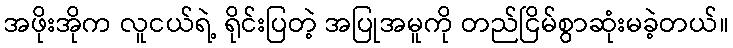
အဖိုးအိုက လူငယ်ရဲ့ ရိုင်းပြတဲ့ အပြုအမူကို တည်ငြိမ်စွာဆုံးမခဲ့တယ်။